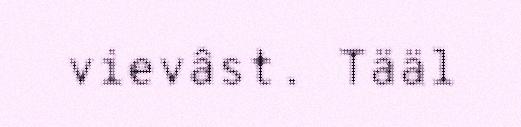
vievâst. Tääl